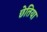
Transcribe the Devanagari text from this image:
छेतिया